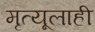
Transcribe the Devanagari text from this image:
मृत्यूलाही